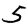
Digit: 5